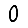
Digit: 0